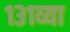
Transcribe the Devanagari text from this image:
१३१व्या